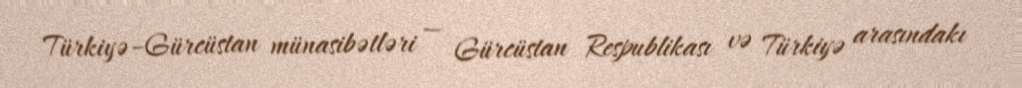
Türkiyə–Gürcüstan münasibətləri — Gürcüstan Respublikası və Türkiyə arasındakı